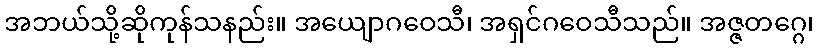
အဘယ်သို့ဆိုကုန်သနည်း။ အယျောဂဝေသီ၊ အရှင်ဂဝေသီသည်။ အဇ္ဇတဂ္ဂေ၊